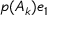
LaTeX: p ( A _ { k } ) e _ { 1 }